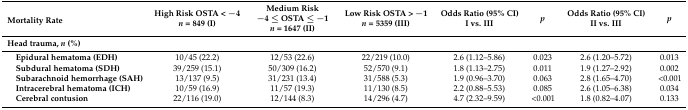
<table><thead><tr><td><b>Mortality Rate</b></td><td><b>High Risk OSTA &lt; −4<i>n</i> = 849 (I)</b></td><td><b>Medium Risk −4 ≤ OSTA ≤ −1<i>n</i> = 1647 (II)</b></td><td><b>Low Risk OSTA &gt; −1<i>n</i> = 5359 (III)</b></td><td><b>Odds Ratio (95% CI)I vs. III</b></td><td><b><i>p</i></b></td><td><b>Odds Ratio (95% CI)II vs. III</b></td><td><b><i>p</i></b></td></tr></thead><tbody><tr><td><b>Head trauma, <i>n</i> (%)</b></td><td>[EMPTY_CELL]</td><td>[EMPTY_CELL]</td><td>[EMPTY_CELL]</td><td>[EMPTY_CELL]</td><td>[EMPTY_CELL]</td><td>[EMPTY_CELL]</td><td>[EMPTY_CELL]</td></tr><tr><td> <b>Epidural hematoma (EDH)</b></td><td>10/45 (22.2)</td><td>12/53 (22.6)</td><td>22/219 (10.0)</td><td>2.6 (1.12–5.86)</td><td>0.023</td><td>2.6 (1.20–5.72)</td><td>0.013</td></tr><tr><td> <b>Subdural hematoma (SDH)</b></td><td>39/259 (15.1)</td><td>50/309 (16.2)</td><td>52/570 (9.1)</td><td>1.8 (1.13–2.75)</td><td>0.011</td><td>1.9 (1.27–2.92)</td><td>0.002</td></tr><tr><td> <b>Subarachnoid hemorrhage (SAH)</b></td><td>13/137 (9.5)</td><td>31/231 (13.4)</td><td>31/588 (5.3)</td><td>1.9 (0.96–3.70)</td><td>0.063</td><td>2.8 (1.65–4.70)</td><td>&lt;0.001</td></tr><tr><td> <b>Intracerebral hematoma (ICH)</b></td><td>10/59 (16.9)</td><td>11/57 (19.3)</td><td>11/130 (8.5)</td><td>2.2 (0.88–5.53)</td><td>0.085</td><td>2.6 (1.05–6.38)</td><td>0.034</td></tr><tr><td> <b>Cerebral contusion</b></td><td>22/116 (19.0)</td><td>12/144 (8.3)</td><td>14/296 (4.7)</td><td>4.7 (2.32–9.59)</td><td>&lt;0.001</td><td>1.8 (0.82–4.07)</td><td>0.133</td></tr></tbody></table>